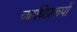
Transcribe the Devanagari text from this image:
व्याधिप्ररूपों